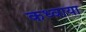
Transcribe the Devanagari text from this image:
कध्वाया